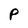
Character: P